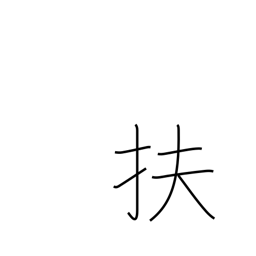
Meaning: aid